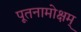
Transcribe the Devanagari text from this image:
पूतनामोक्षम्